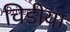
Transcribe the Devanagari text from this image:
चिडीया